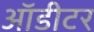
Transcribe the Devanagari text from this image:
ऑडीटर